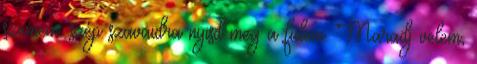
szemem. szép szavaidra nyisd meg a fülem. Maradj velem,